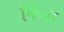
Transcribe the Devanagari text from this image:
ऍरेना